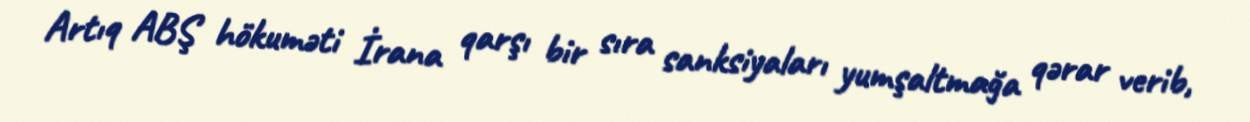
Artıq ABŞ hökuməti İrana qarşı bir sıra sanksiyaları yumşaltmağa qərar verib,